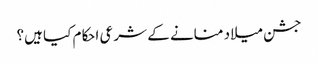
جشن میلاد منانے کے شرعی احکام کیا ہیں؟